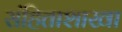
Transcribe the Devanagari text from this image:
संहिताशाखा